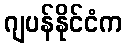
ဂျပန်နိုင်ငံက